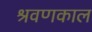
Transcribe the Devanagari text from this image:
श्रवणकाल